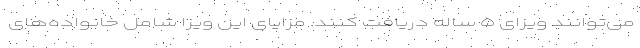
می‌توانند ویزای ۵ ساله دریافت کنند. مزایای این ویزا شامل خانواده‌های